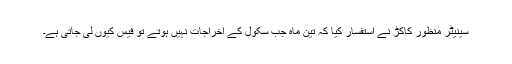
سینیٹر منظور کاکڑ نے استفسار کیا کہ تین ماہ جب سکول کے اخراجات نہیں ہوتے تو فیس کیوں لی جاتی ہے۔